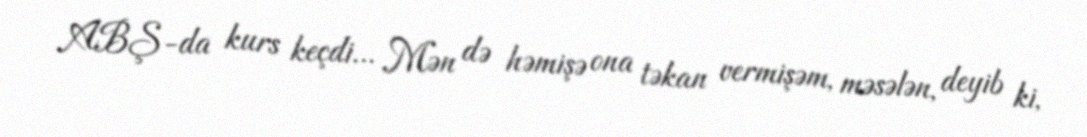
ABŞ-da kurs keçdi... Mən də həmişə ona təkan vermişəm, məsələn, deyib ki,